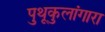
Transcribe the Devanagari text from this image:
पुथूकुलांगारा